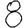
Digit: 8